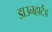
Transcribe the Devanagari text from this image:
डाउनहार्टेड